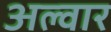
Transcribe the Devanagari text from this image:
अल्‍वार